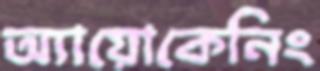
অ্যায়োকেনিং